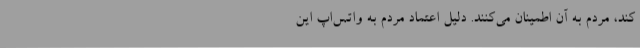
کند،‌ مردم به آن اطمینان می‌کنند. دلیل اعتماد مردم به واتس‌اپ این